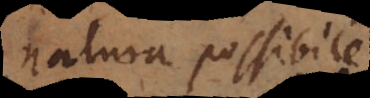
natura possibile